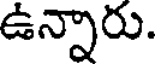
ఉన్నారు.